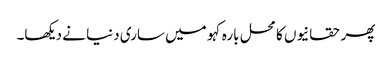
پھر حقانیوں کا محل بارہ کہو میں ساری دنیا نے دیکھا۔